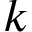
k